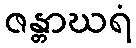
ဇန္တာဃရံ